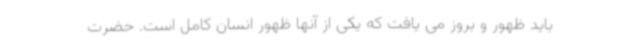
باید ظهور و بروز می یافت که یکی از آنها ظهور انسان کامل است. حضرت